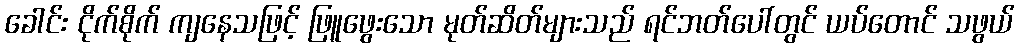
ခေါင်း ငိုက်စိုက် ကျနေသဖြင့် ဖြူဖွေးသော မုတ်ဆိတ်များသည် ရင်ဘတ်ပေါ်တွင် ယပ်တောင် သဖွယ်